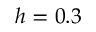
h = 0 . 3